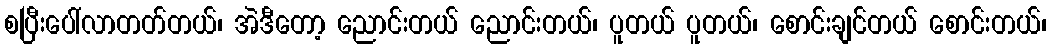
စပြီးပေါ်လာတတ်တယ်၊ အဲဒီတော့ ညောင်းတယ် ညောင်းတယ်၊ ပူတယ် ပူတယ်၊ စောင်းချင်တယ် စောင်းတယ်၊